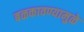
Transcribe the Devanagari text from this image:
बळकावण्यामुळे